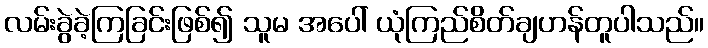
လမ်းခွဲခဲ့ကြခြင်းဖြစ်၍ သူမ အပေါ် ယုံကြည်စိတ်ချဟန်တူပါသည်။